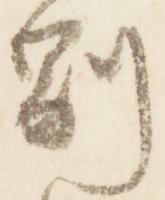
副